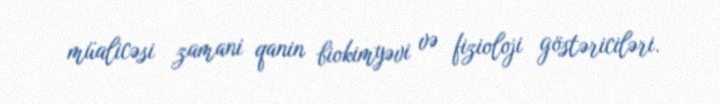
müalicəsi zamani qanin biokimyəvi və fizioloji göstəriciləri.